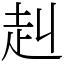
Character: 赳